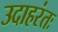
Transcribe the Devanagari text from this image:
उदाहरंतः